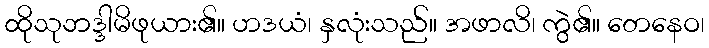
ထိုသုဘဒ္ဒါမိဖုယား၏။ ဟဒယံ၊ နှလုံးသည်။ အဖာလိ၊ ကွဲ၏။ တေနေဝ၊